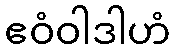
ဧဝံဝါဒါဟံ